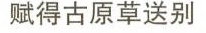
赋得古原草送别